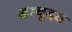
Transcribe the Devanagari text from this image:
अभ्यूदय